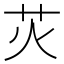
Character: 苂